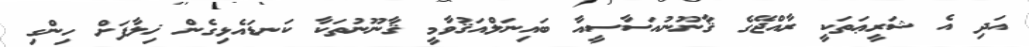
އަދި އެ ޝަރީޢަތަކީ ރާއްޖޭގެ ޤާނޫނުއަސާސީއާ ބައިނަލްއަޤުވާމީ ޤާނޫނުތަކާ ކަނޑައެޅިގެން ޚިލާފަށް ހިންގި